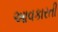
આવકારતી